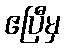
ဧပြီမှ